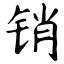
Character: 销